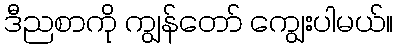
ဒီညစာကို ကျွန်တော် ကျွေးပါမယ်။